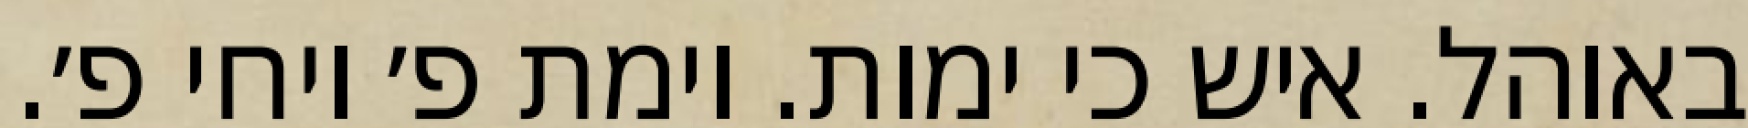
באוהל. איש כי ימות. וימת פ׳ ויחי פ׳.